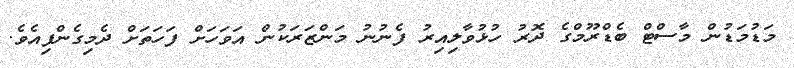
މަޑުމަޑުން މާސްޓް ބެޑްރޫމްގެ ދޮރު ހުޅުވާލިއިރު ފެނުނު މަންޒަރަކުން އަވަހަށް ފަހަތަށް ދެމިގެންފިއެވެ.